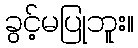
ခွင့်မပြုဘူး။